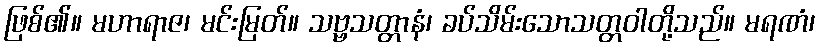
ဖြစ်၏။ မဟာရာဇ၊ မင်းမြတ်။ သဗ္ဗသတ္တာနံ၊ ခပ်သိမ်းသောသတ္တဝါတို့သည်။ မရဏံ၊